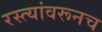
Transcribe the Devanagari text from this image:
रस्त्यांवरूनच